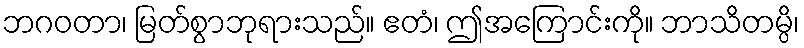
ဘဂဝတာ၊ မြတ်စွာဘုရားသည်။ ဧတံ၊ ဤအကြောင်းကို။ ဘာသိတမ္ပိ၊